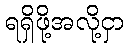
ရရှိဖို့အလို့ငှာ